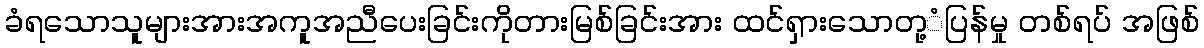
ခံရသောသူများအားအကူအညီပေးခြင်းကိုတားမြစ်ခြင်းအား ထင်ရှားသောတု့ံပြန်မှု တစ်ရပ် အဖြစ်